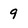
Character: 9